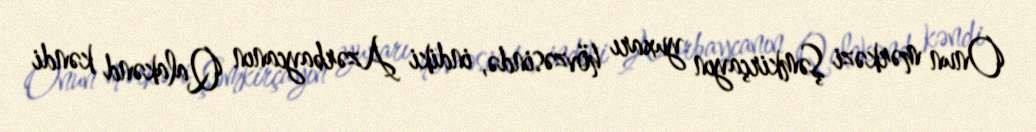
Onun mərkəzi Şəmkirçayın yuxarı hövzəsində, indiki Azərbaycanın Qalakənd kəndi